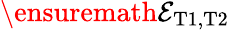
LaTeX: \ensuremath{{\cal E}}_{\mathrm{T1,T2}}